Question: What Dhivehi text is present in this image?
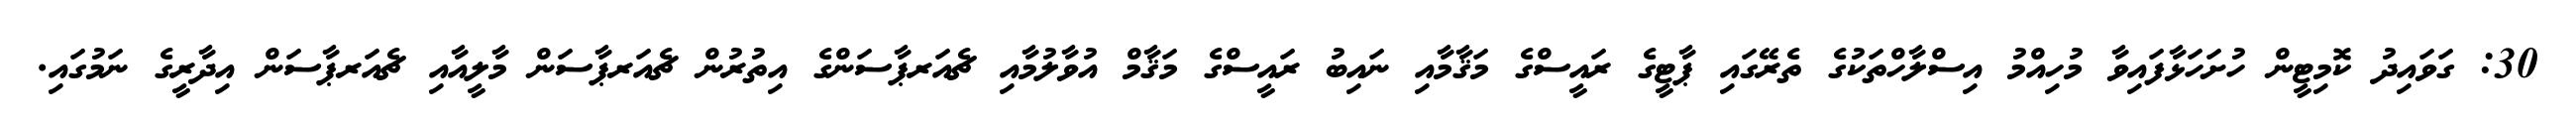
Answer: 30: ގަވައިދު ކޮމިޓީން ހުށަހަޅާފައިވާ މުހިއްމު އިސްލާހްތަކުގެ ތެރޭގައި ޕާޓީގެ ރައީސްގެ މަޤާމާއި ނައިބު ރައީސްގެ މަޤާމް އުވާލުމާއި ޗެއަރޕާސަންގެ އިތުރުން ޗެއަރޕާސަން މާލީއާއި ޗެއަރޕާސަން އިދާރީގެ ނަމުގައި.